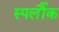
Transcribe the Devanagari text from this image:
स्पर्लौक